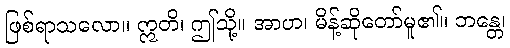
ဖြစ်ရာသလော။ ဣတိ၊ ဤသို့။ အာဟ၊ မိန့်ဆိုတော်မူ၏။ ဘန္တေ၊